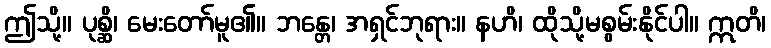
ဤသို့။ ပုစ္ဆိ၊ မေးတော်မူ၏။ ဘန္တေ၊ အရှင်ဘုရား။ နဟိ၊ ထိုသို့မစွမ်းနိုင်ပါ။ ဣတိ၊